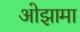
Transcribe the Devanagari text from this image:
ओझामा